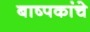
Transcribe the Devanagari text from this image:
बाष्पकांचे